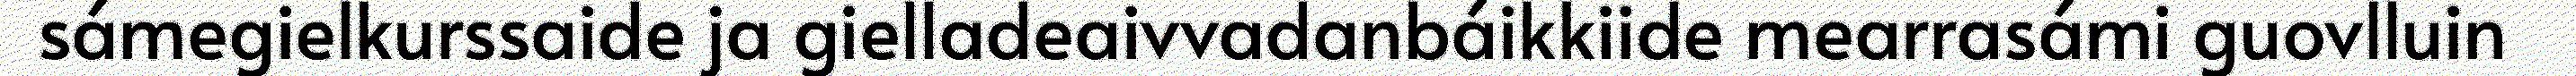
sámegielkurssaide ja gielladeaivvadanbáikkiide mearrasámi guovlluin